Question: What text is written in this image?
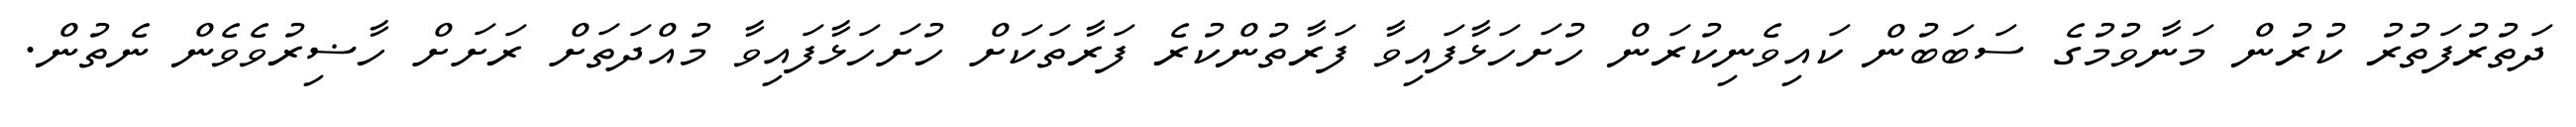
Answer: ދަތުރުފަތުރު ކުރުން މަނާވުމުގެ ސަބަބުން ކައިވެނިކުރަން ހުށަހަޅާފައިވާ ފަރާތުންކުރެ ފަރާތަކަށް ހުށަހަޅާފައިވާ މުއްދަތަށް ރަށަށް ހާޟިރުވެވެން ނެތުން.